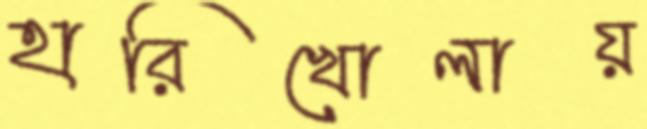
হারিখোলায়